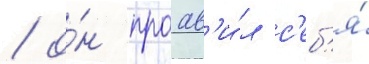
/ о́н проав'и́л с'еб'я́